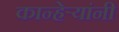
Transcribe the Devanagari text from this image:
कान्हेर्‍यांनी